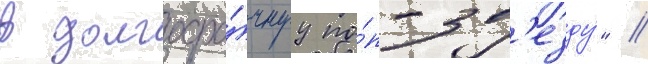
в долгосро́чнуу по́п-зв'езду́" //